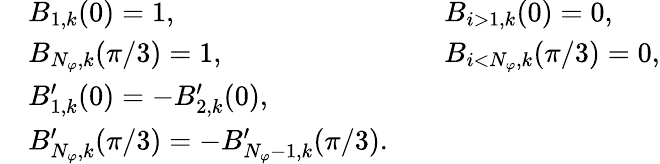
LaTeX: \begin{array}{rlrl}&{B_{1,k}(0)=1,\qquad}&&{B_{i>1,k}(0)=0,}\\ &{B_{N_{\varphi},k}(\pi/3)=1,\qquad}&&{B_{i<N_{\varphi},k}(\pi/3)=0,}\\ &{B_{1,k}^{\prime}(0)=-B_{2,k}^{\prime}(0),}\\ &{B_{N_{\varphi},k}^{\prime}(\pi/3)=-B_{N_{\varphi}-1,k}^{\prime}(\pi/3).}\end{array}